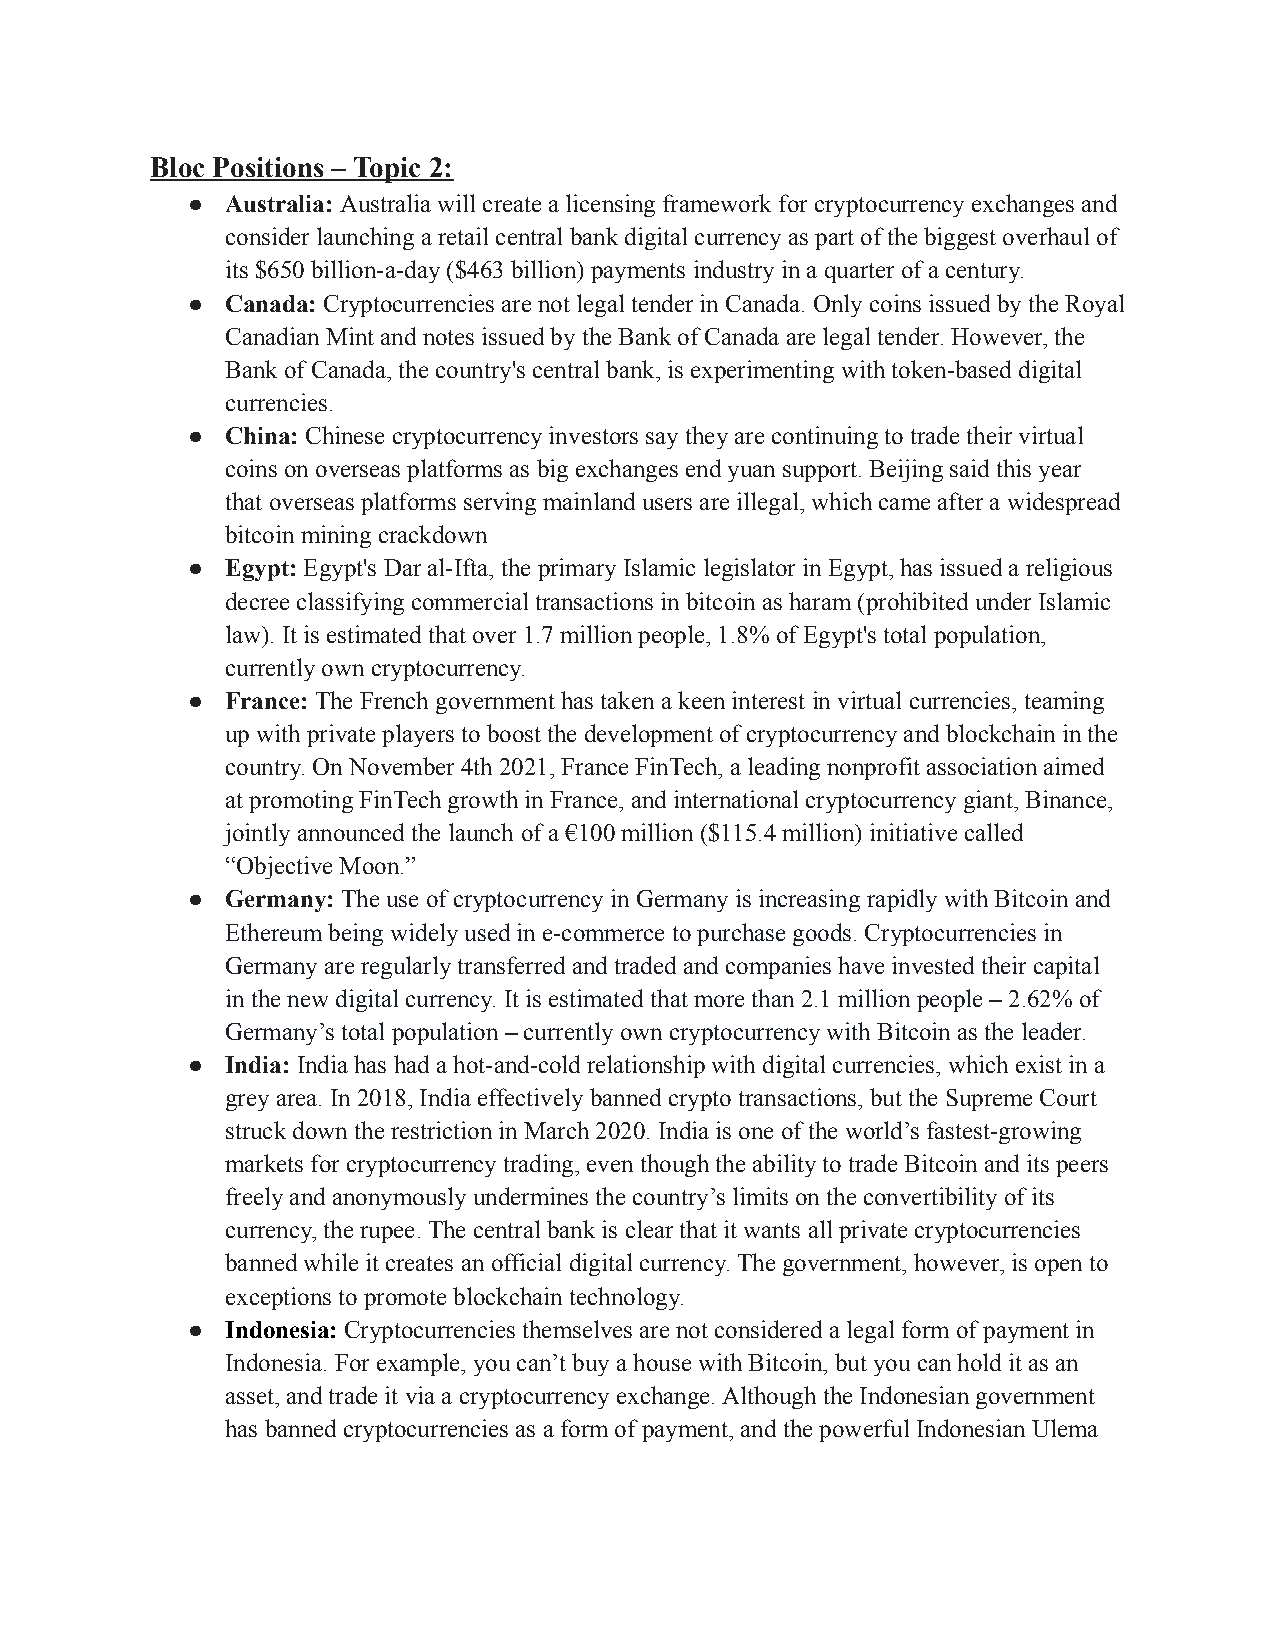
Bloc Positions – Topic 2:
 ●  Australia: Australia will create a licensing frameworkfor cryptocurrency exchanges and
 consider launching a retail central bank digital currency as part of the biggest overhaul of
 its $650 billion-a-day ($463 billion) payments industry in a quarter of a century.
 ●  Canada: Cryptocurrencies are not legal tender in Canada. Only coins issued by the Royal
 Canadian Mint and notes issued by the Bank of Canada are legal tender. However, the
 Bank of Canada, the country's central bank, is experimenting with token-based digital
 currencies.
 ●  China: Chinese cryptocurrency investors say they arecontinuing to trade their virtual
 coins on overseas platforms as big exchanges end yuan support. Beijing said this year
 that overseas platforms serving mainland users are illegal, which came after a widespread
 bitcoin mining crackdown
 ●  Egypt: Egypt's Dar al-Ifta, the primary Islamic legislatorin Egypt, has issued a religious
 decree classifying commercial transactions in bitcoin as haram (prohibited under Islamic
 law). It is estimated that over 1.7 million people, 1.8% of Egypt's total population,
 currently own cryptocurrency.
 ●  France: The French government has taken a keen interestin virtual currencies, teaming
 up with private players to boost the development of cryptocurrency and blockchain in the
 country. On November 4th 2021, France FinTech, a leading nonprofit association aimed
 at promoting FinTech growth in France, and international cryptocurrency giant, Binance,
 jointly announced the launch of a €100 million ($115.4 million) initiative called
 “Objective Moon.”
 ●  Germany: The use of cryptocurrency in Germany is increasingrapidly with Bitcoin and
 Ethereum being widely used in e-commerce to purchase goods. Cryptocurrencies in
 Germany are regularly transferred and traded and companies have invested their capital
 in the new digital currency. It is estimated that more than 2.1 million people – 2.62% of
 Germany’s total population – currently own cryptocurrency with Bitcoin as the leader.
 ●  India: India has had a hot-and-cold relationship withdigital currencies, which exist in a
 grey area. In 2018, India effectively banned crypto transactions, but the Supreme Court
 struck down the restriction in March 2020. India is one of the world’s fastest-growing
 markets for cryptocurrency trading, even though the ability to trade Bitcoin and its peers
 freely and anonymously undermines the country’s limits on the convertibility of its
 currency, the rupee. The central bank is clear that it wants all private cryptocurrencies
 banned while it creates an official digital currency. The government, however, is open to
 exceptions to promote blockchain technology.
 ●  Indonesia: Cryptocurrencies themselves are not considered a legal form of payment in
 Indonesia. For example, you can’t buy a house with Bitcoin, but you can hold it as an
 asset, and trade it via a cryptocurrency exchange. Although the Indonesian government
 has banned cryptocurrencies as a form of payment, and the powerful Indonesian Ulema